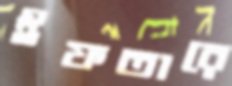
ইফতারে